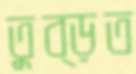
তুব্‌ড়ত